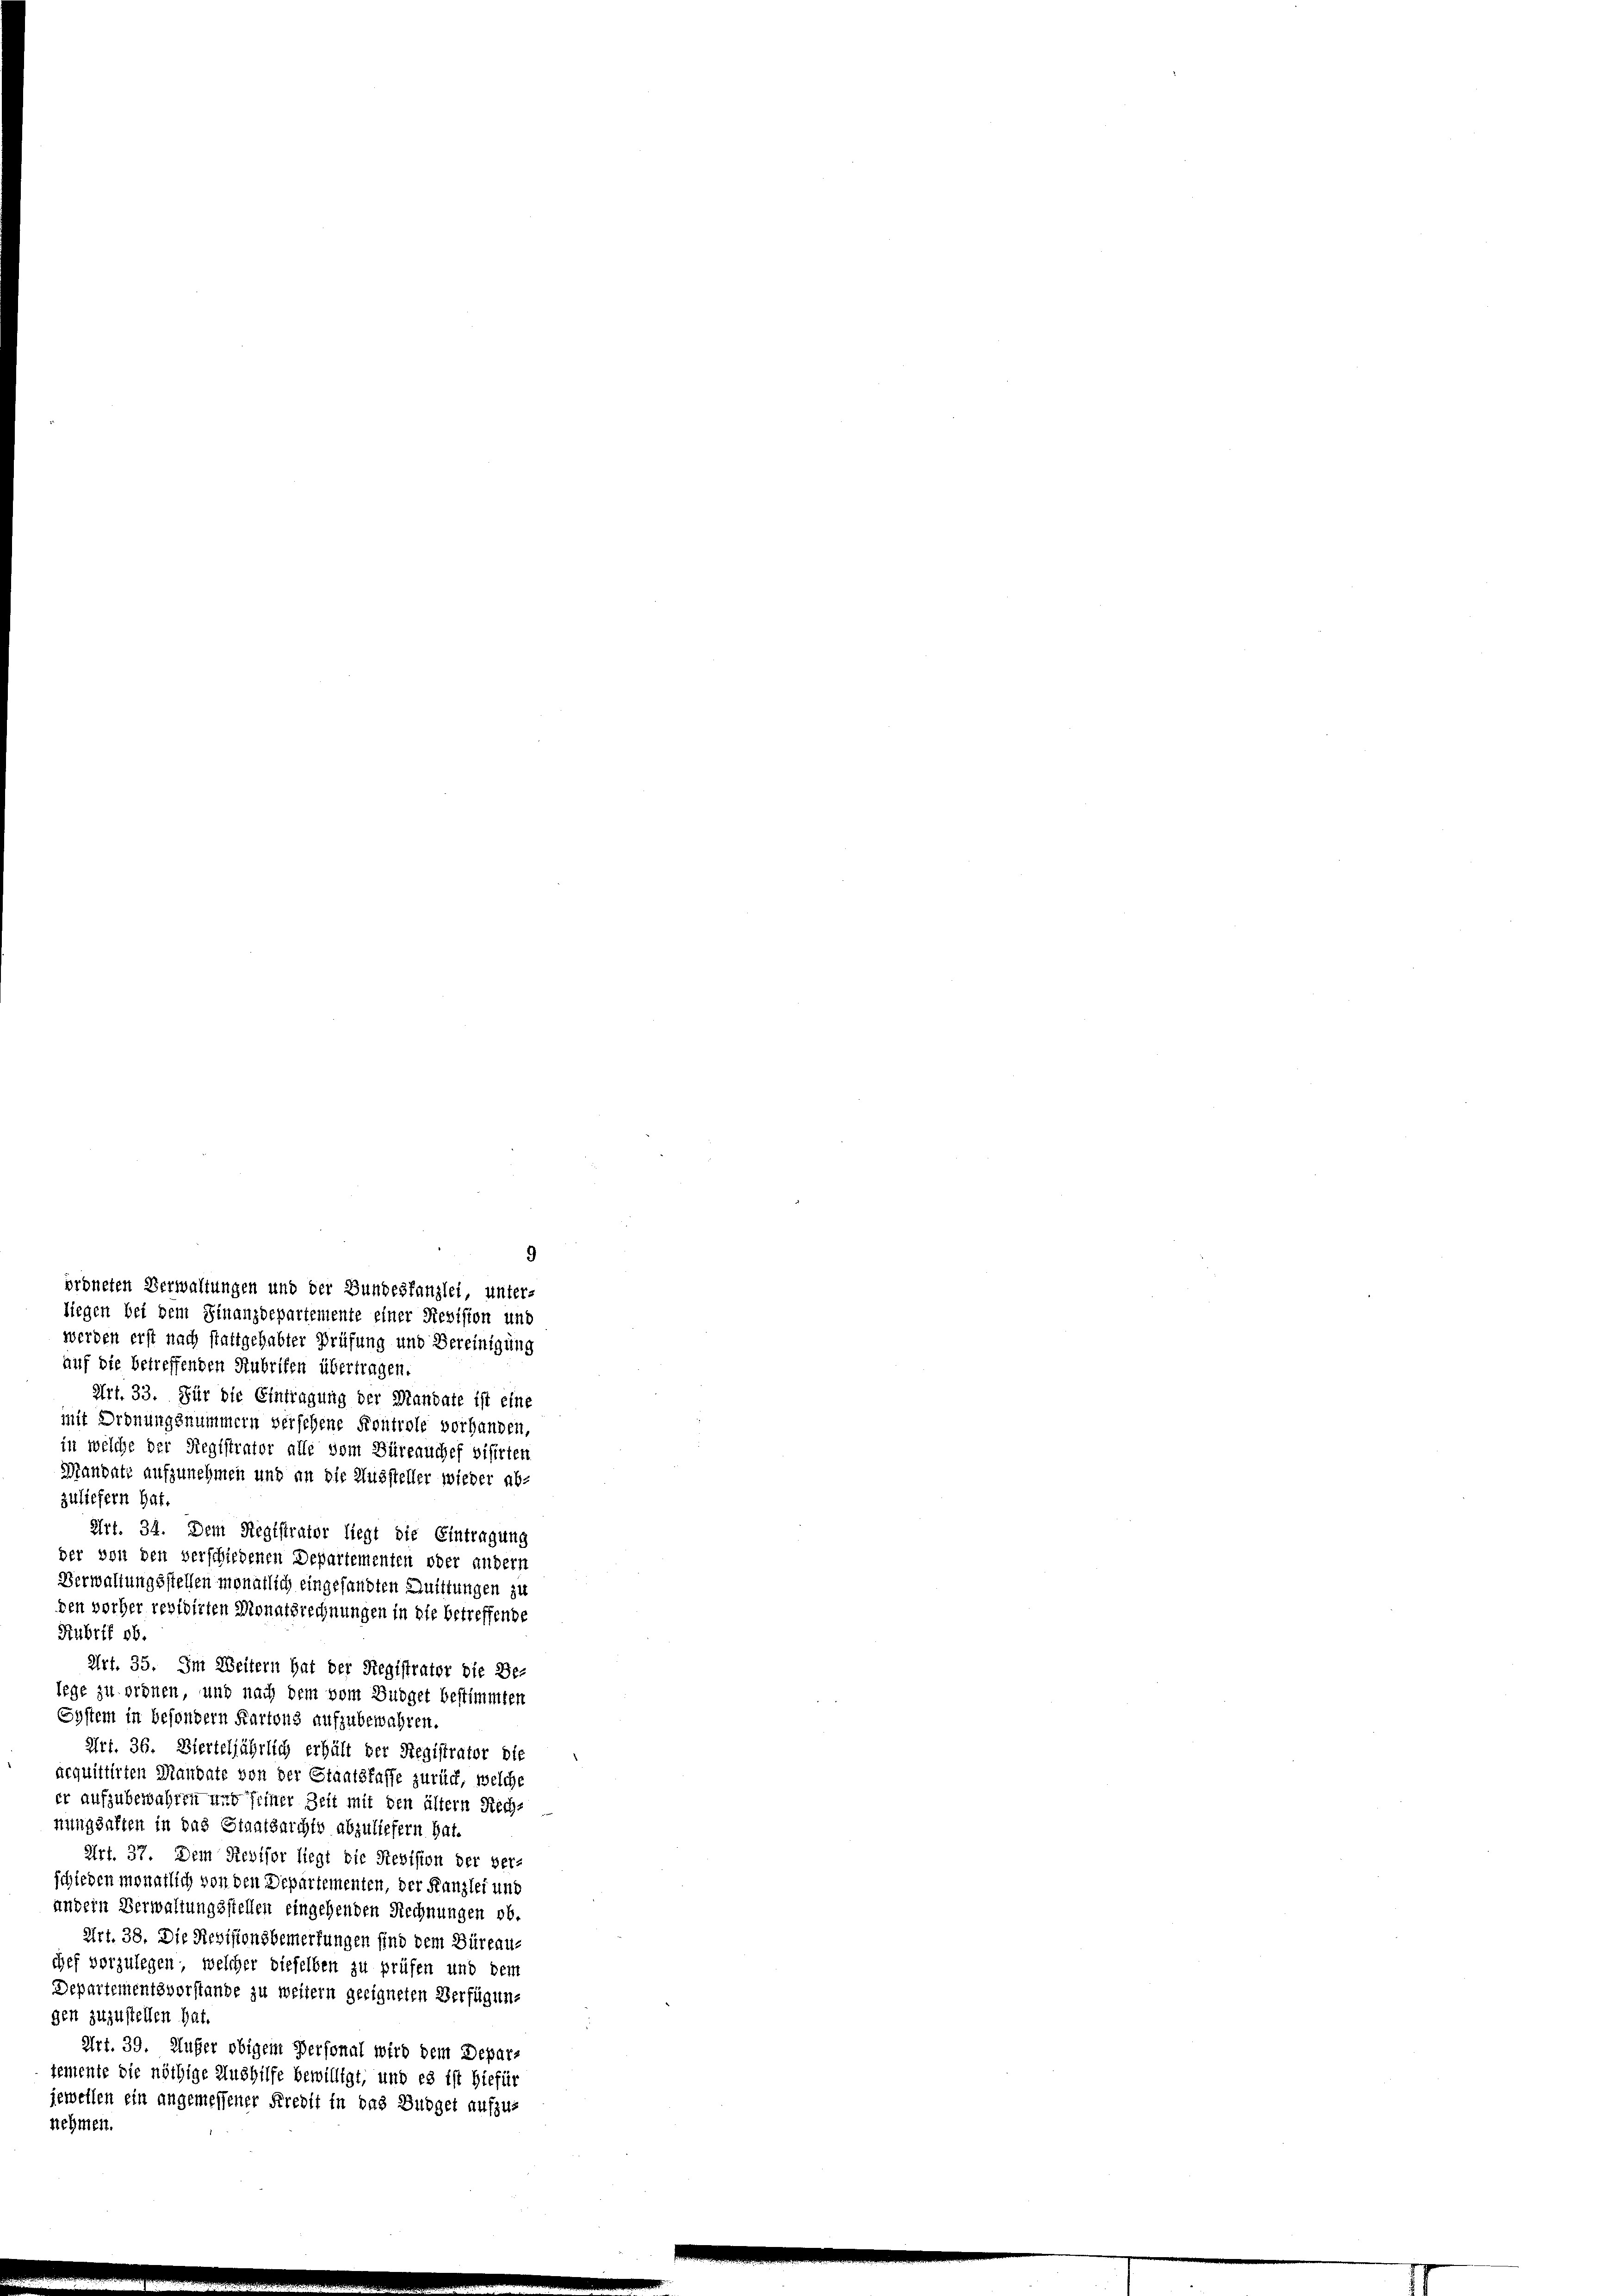
ordneten Verwaltungen und der Bundeskanzlei, unter-
liegen bei dem Finanzdepartemente einer Revision und
werden erst nach stattgehabter Prüfung und Bereinigung
auf die betreffenden Stubrifen übertragen.
Art. 33. Für die Eintragung der Mandate ist eine
mit Ordnungsnummern versehene Kontrole vorhanden,
in welche der Registrator alle vom Büreauches visirten
Mandate aufzunehmen und an die Aussteller wieder ab-
zuliefern hat.
Art. 34. Dem Registrator liegt die Eintragung
der von den verschiedenen Departementen oder andern
Verwaltungsstellen monatlich eingesandten Quittungen zu
den vorher revidirten Monatsrechnungen in die betreffende
Rubrif ob.
Art. 35. Im Weitern hat der Registrator die Be-
lege zu ordnen, und nach dem vom Budget bestimmten
System in besondern Kartons aufzubewahren.
Art. 36. Bierteljährlich erhält der Registrator die
acquittirten Mandate von der Staatskasse zurück, welche
er aufzubewahren und seiner Zeit mit den ältern Rech-
nunghaften in das Staatsarchte abzuliefern hat.
Art. 37. Dem Reviser liegt die Revision der ver-
schieden monatlich von den Departementen, der Franzlei und
andern Verwaltungsstellen eingehenden Rechnungen ob.
Art. 38. Die Revisionsbemerkungen sind dem Büreau-
chef vorzulegen, welcher dieselben zu prüfen und dem
Departementsvorstande zu weitern geeigneten Verfügungen zuzustellen hat.
Art. 39. Aufer obigem Personal wird dem Depar-
temente die nöthige Aushilfe bewilligt, und es ist hiefür
jeweilen ein angemessener Kredit in das Budget aufzus
nehmen.

9